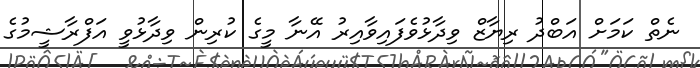
ނެތް ކަމަށް އަބްދު ރިޔާޒް ވިދާޅުވެފައިވާއިރު އޭނާ މީގެ ކުރިން ވިދާޅުވީ އަފްރާޝީމުގެ